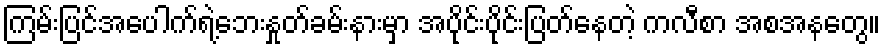
ကြမ်းပြင်အပေါက်ရဲ့ဘေးနှုတ်ခမ်းနားမှာ အပိုင်းပိုင်းပြတ်နေတဲ့ ကလီစာ အစအနတွေ။